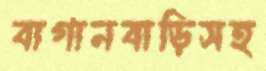
বাগানবাড়িসহ